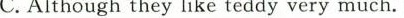
C.Although they like teddy very much.